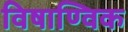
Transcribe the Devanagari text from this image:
विषाण्विक